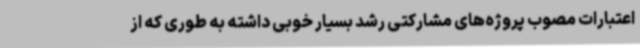
اعتبارات مصوب پروژه‌های مشارکتی رشد بسیار خوبی داشته به طوری که از